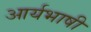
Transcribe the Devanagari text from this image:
आर्यभाषी